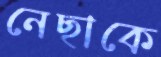
নেছাকে